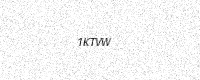
Text: 1KTVW